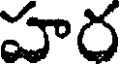
హర